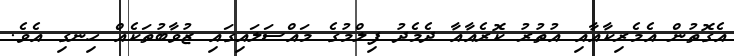
އެގޮތުން އެމެރިކާއާއި އުތުރު ކޮރެއާއާ ދެމެދު ފިލްމުގެ މައްސަލައިގައި ޒުވާބުތަކެއް ހިނގި އެވެ.